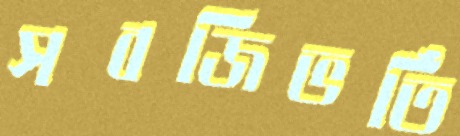
সবজিভর্তি